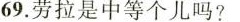
69.劳拉是中等个儿吗？